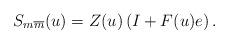
LaTeX: \begin{align*}S_{m\overline{m}}(u) = Z(u) \left(I + F(u) e \right). \end{align*}